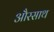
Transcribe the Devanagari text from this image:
औरसाथ